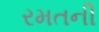
રમતની